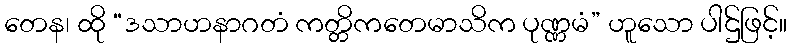
တေန၊ ထို “ဒသာဟနာဂတံ ကတ္တိကတေမာသိက ပုဏ္ဏမံ” ဟူသော ပါဌ်ဖြင့်။